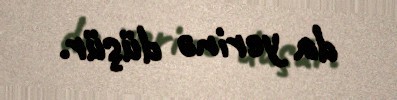
da yerinə düşür.